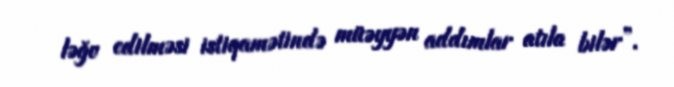
ləğv edilməsi istiqamətində müəyyən addımlar atıla bilər”.